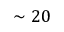
\sim 2 0